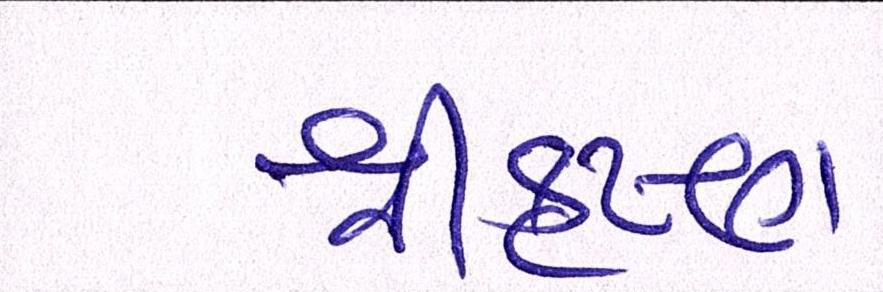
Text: શ્રીકૃષ્ણ